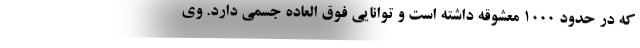
که در حدود ۱۰۰۰ معشوقه داشته است و توانایی فوق العاده جسمی دارد. وی